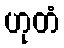
ဟုတံ